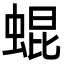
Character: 蜫